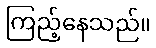
ကြည့်နေသည်။